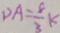
D A = \frac { 8 } { 3 } k